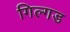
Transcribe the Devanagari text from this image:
गिल्गड